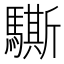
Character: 𲌁